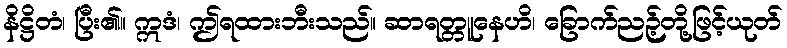
နိဋ္ဌိတံ၊ ပြီး၏။ ဣဒံ၊ ဤရထားဘီးသည်။ ဆာရတ္တူနေဟိ၊ ခြောက်ညဉ့်တို့ဖြင့်ယုတ်